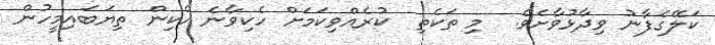
ކަލޭގެފާނު ވިދާޅުވާށެވެ.  މި ތަކެތި  ކުރެއްވިކަމަށް ހެކިވާނެ ހެކިން ތިޔަބައިމީހުން